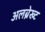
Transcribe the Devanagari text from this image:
अलब्रेख्ट